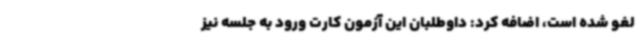
لغو شده است، اضافه کرد: داوطلبان این آزمون کارت ورود به جلسه نیز